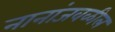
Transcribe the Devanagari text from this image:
नानांजवळील